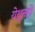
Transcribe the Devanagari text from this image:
येथुनही